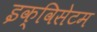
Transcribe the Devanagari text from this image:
इक्विसेटम